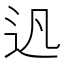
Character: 𨑙